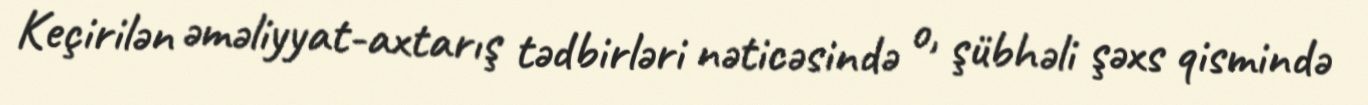
Keçirilən əməliyyat-axtarış tədbirləri nəticəsində o, şübhəli şəxs qismində